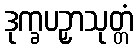
ဒုက္ခပဉှာသုတ္တံ